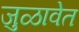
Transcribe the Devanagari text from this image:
जुळावेत